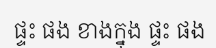
ផ្ទះ ផង ខាងក្នុង ផ្ទះ ផង